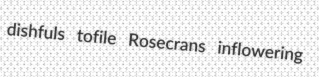
dishfuls tofile Rosecrans inflowering